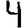
Digit: 4